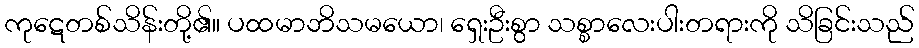
ကုဋေတစ်သိန်းတို့၏။ ပထမာဘိသမယော၊ ရှေးဦးစွာ သစ္စာလေးပါးတရားကို သိခြင်းသည်